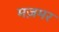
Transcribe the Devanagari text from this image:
मज़मर